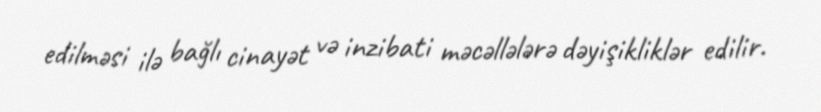
edilməsi ilə bağlı cinayət və inzibati məcəllələrə dəyişikliklər edilir.